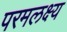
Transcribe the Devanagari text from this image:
परमलक्ष्य